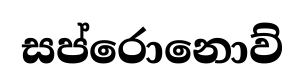
සප්රොනොව්